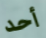
أحد